Lunatic asylums Punjab 1881-1894 - 1881-1894
Year: 1881
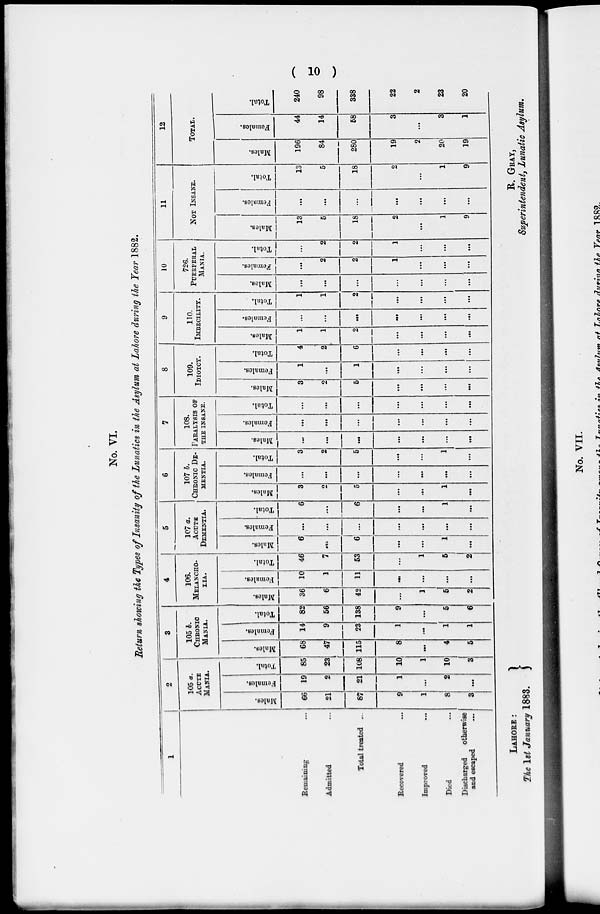
( 10 )
No. VI.
Return showing the Types of Insanity of the Lunatics in the Asylum at Lahore during the Year 1882.
1
Remaining ...
Admitted ...
Total treated ....
Recovered ...
Improved
...
Died ...
Discharged
otherwise
and escaped ...
2
105 a.
ACUTE
MANIA.
Males.
66
21
87
9
1
8
3
Females.
19
2
21
1
...
2
...
Total.
85
23
108
10
1
10
3
3
105 b.
CHRONIC
MANIA.
Males.
68
47
115
8
...
4
5
Females.
14
9
23
1
...
1
1
Total.
82
56
138
9
...
5
6
4
106.
MELANCHO¬
LIA.
Males.
36
6
42
...
1
5
2
Females.
10
1
11
...
...
...
...
Total.
46
7
53
...
1
5
2
5
107 a.
ACUTE
DEMENTIA.
Males.
6
...
6
...
...
1
...
Females.
...
...
...
...
...
...
...
Total.
6
6
...
...
1
...
6
107 b.
CHRONIC DE¬
MENTIA.
Males.
3
2
5
...
...
1
...
Females.
...
...
...
...
...
...
...
Total.
3
2
5
...
...
1
...
7
108.
PARALYSIS OF
THE INSANE.
Males.
...
...
...
...
...
...
...
Females.
...
...
...
...
...
...
...
Total.
...
...
...
...
...
...
...
8
109.
IDIOTCY.
Males.
3
2
5
...
...
...
...
Females.
1
...
1
...
...
...
...
Total.
4
2
6
...
...
...
...
9
110.
IMBECILITY.
Males.
1
1
2
...
...
...
...
Females.
...
...
...
...
...
...
...
Total.
1
1
2
...
...
...
...
10
726.
PUERPERAL
MANIA.
Males.
...
...
...
...
...
...
...
Females.
...
2
2
1
...
...
...
Total.
...
2
2
1
...
...
...
11
NOT INSANE.
Males.
13
5
18
2
...
1
9
Females.
...
...
...
...
...
...
...
Total.
13
5
18
2
...
1
9
12
TOTAL.
Males.
196
84
280
19
2
20
19
Females.
44
14
58
3
...
3
1
Total.
240
98
338
22
2
23
20
LAHORE:
The 1st January 1883.
R. GRAY,
Superintendent, Lunatic Asylum.